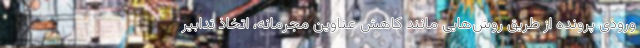
ورودی پرونده از طریق روش‌هایی مانند کاهش عناوین مجرمانه، اتخاذ تدابیر